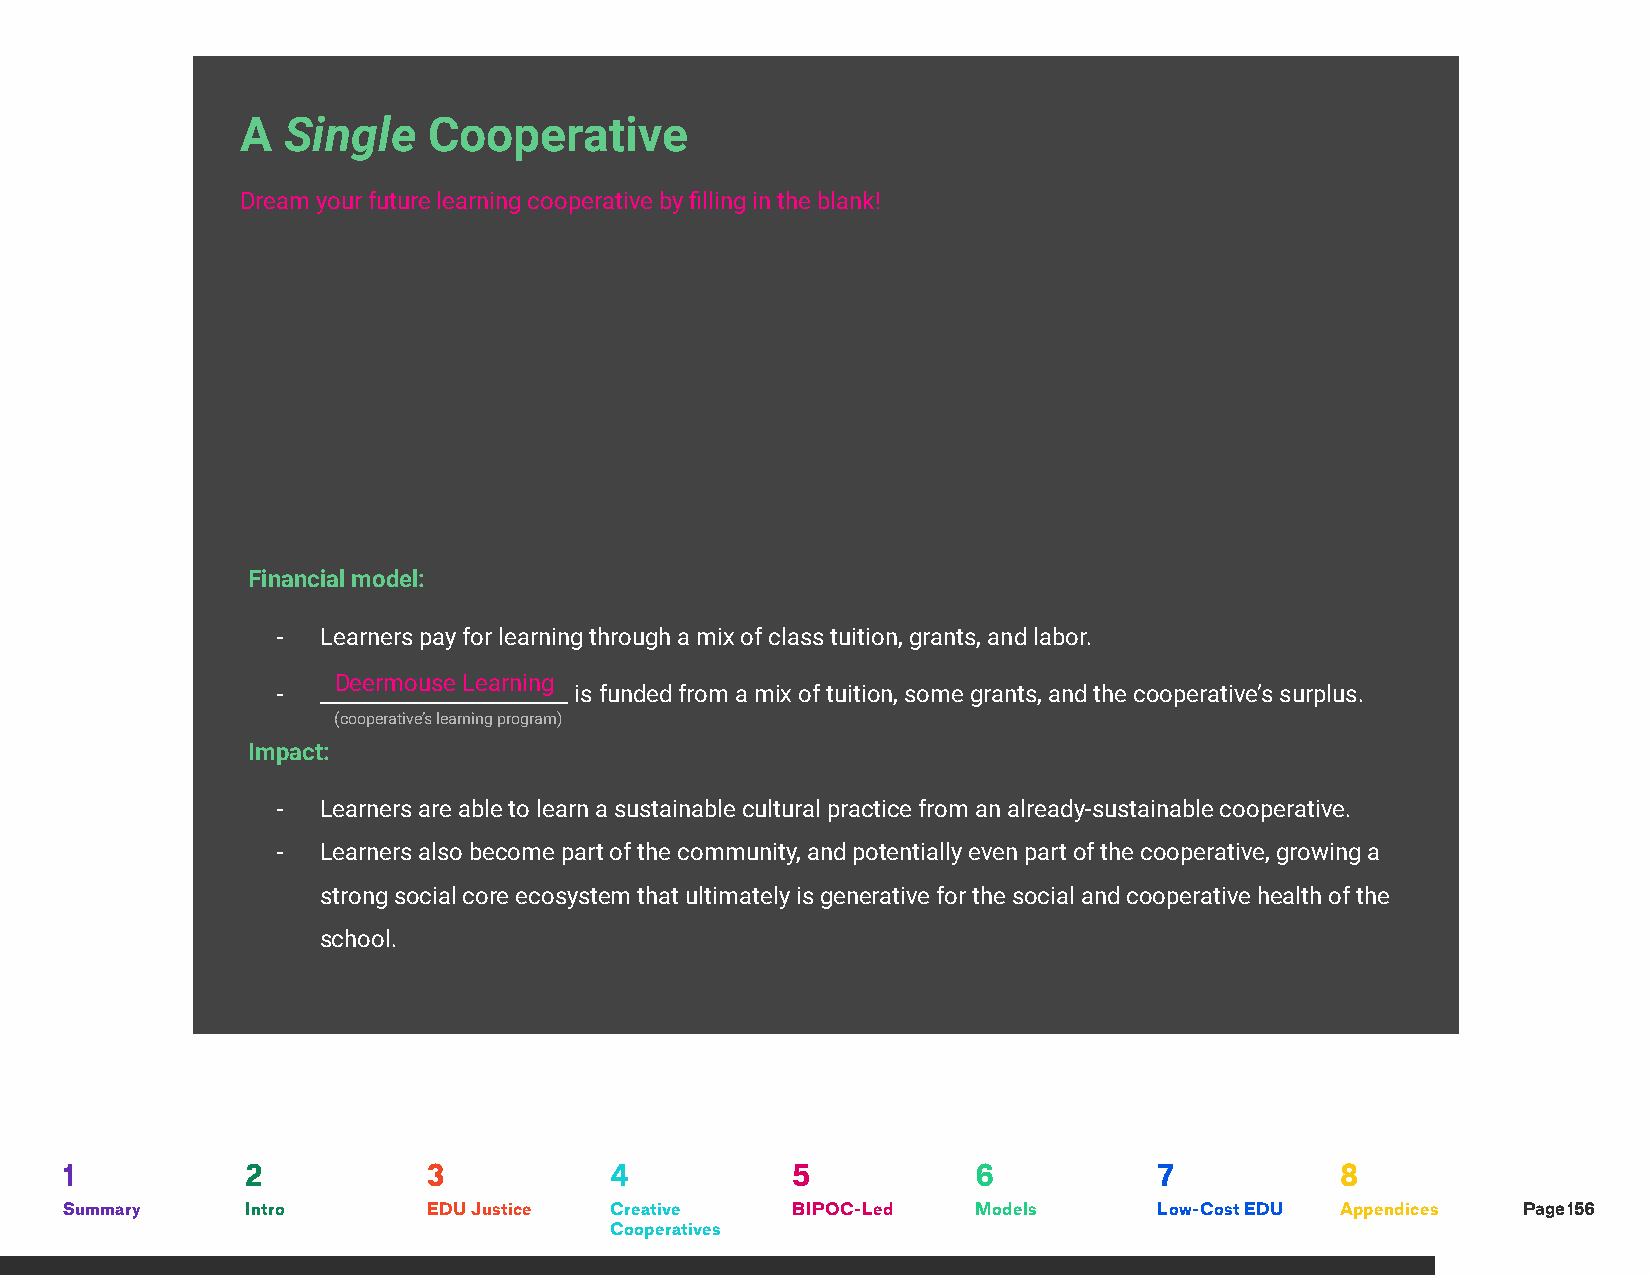
A  Single   Cooperative
 Dream your future learning cooperative by filling in the blank!
 How it works:
 ___D_e_e__rm__o__u_s_e___ is a fi_l_m__m__a_k_i_n_g__ cooperative that runs a learning program called _D_e_e_r_m__o_u__s_e_ L__e_a_r_n_in__g___.
 (cooperative) (cultural practice)                       (cooperative’s learning program)
 It is run through a learning platform that enables them to teach in a hybrid mix of online & in-person.
 Deermouse Learning                 filmmaking
 The ______________________ program involves sharing _______________ cooperative creative practices, as well as
 (cooperative’s learning program)  (cultural practice)
 teaching __h_o__w_ _to_ _u_s_e_ _e_q_u_i_p_m__e_n_t_ a_n_d_ _t_o_o_ls__, c__re_a_t_i_v_e_ t_e_c_h_n_i_q_u_e_s_,_ c_o__ll_a_b_o_r_a_ti_v_e_ _p_ro__c_e_s_s_e_s_ _a_n_d_ w__o_r_k_fl_o_w__s_ to learners.
 (details on cultural output)
 Financial model:
 -  Learners pay for learning through a mix of class tuition, grants, and labor.
 Deermouse Learning
 -  _______________________ is funded from a mix of tuition, some grants, and the cooperative’s surplus.
 (cooperative’s learning program)
 Impact:
 -  Learners are able to learn a sustainable cultural practice from an already-sustainable cooperative.
 -  Learners also become part of the community, and potentially even part of the cooperative, growing a
 strong social core ecosystem that ultimately is generative for the social and cooperative health of the
 school.
 1           2           3           4           5            6           7           8
 Summary     Intro       EDU Justice Creative    BIPOC-Led    Models      Low-Cost EDU Appendices Page 156
 Cooperatives